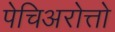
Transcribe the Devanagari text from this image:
पेचिअरोत्तो